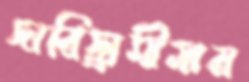
দারিদ্র্র্যসীমার